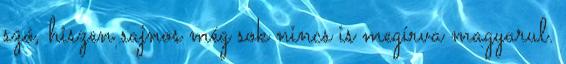
szó, hiszen sajnos még sok nincs is megírva magyarul.